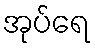
အုပ်ရေ